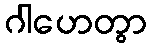
ဂါဟေတွာ